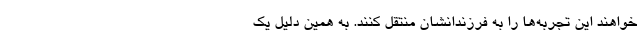
‌خواهند این تجربه‌ها را به فرزندانشان منتقل کنند. به همین دلیل یک